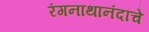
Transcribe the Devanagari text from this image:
रंगनाथानंदांचे